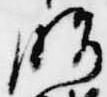
脂